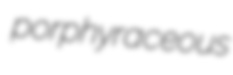
porphyraceous